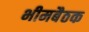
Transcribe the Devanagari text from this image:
भीमबैठक